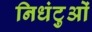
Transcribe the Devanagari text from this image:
निधंटुओं